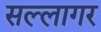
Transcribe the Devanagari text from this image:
सल्लागर